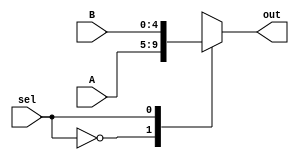
`timescale 1ns / 1ps
//////////////////////////////////////////////////////////////////////////////////
// Company: 
// Engineer: 
// 
// Design Name: 
// Module Name: MUX
// Project Name: 
// Target Devices: 
// Tool Versions: 
// Description: 
// 
// Dependencies: 
// 
// Revision:
// Revision 0.01 - File Created
// Additional Comments:
// 
//////////////////////////////////////////////////////////////////////////////////


module MUX5_2(
    input [4:0] A,
    input [4:0] B,
    input sel,
    output reg [4:0] out
    );
    always @(*)
    begin
        case(sel)
        1'b0:out = A;
        1'b1:out = B;
        default:out = 0;
        endcase
    end
endmodule


module MUX32_2(
    input [31:0] A,
    input [31:0] B,
    input sel,
    output reg [31:0] out
    );
    always @(*)
    begin
        case(sel)
        1'b0:out = A;
        1'b1:out = B;
        default:out = 0;
        endcase
    end
endmodule

module MUX32_3(
    input [31:0] A,
    input [31:0] B,
    input [31:0] C,
    input [1:0] sel,
    output reg [31:0] out
    );
    always @(*)
    begin
        case(sel)
        2'b00:out = A;
        2'b01:out = B;
        2'b10:out = C;
        default:out = 0;
        endcase
    end
endmodule

module MUX32_5(
    input [31:0] A,
    input [31:0] B,
    input [31:0] C,
    input [31:0] D,
    input [31:0] E,
    input [31:0] F,
    input [2:0] sel,
    output reg [31:0] out
    );
    always @(*)
    begin
        case(sel)
        3'd0:out = A;
        3'd1:out = B;
        3'd2:out = C;
        3'd3:out = D;
        3'd4:out = E;
        3'd5:out = F;
        default:out = 0;
        endcase
    end
endmodule

module MUX32_6(
    input [31:0] A,
    input [31:0] B,
    input [31:0] C,
    input [31:0] D,
    input [31:0] E,
    input [31:0] H,
    input [2:0] sel,
    output reg [31:0] out
    );
    always @(*)
    begin
        case(sel)
        3'd0:out = A;
        3'd1:out = B;
        3'd2:out = C;
        3'd3:out = D;
        3'd4:out = E;
        3'd7:out = H;
        default:out = 0;
        endcase
    end
endmodule

module MUX5_3(
    input [4:0] A,
    input [4:0] B,
    input [4:0] C,
    input [1:0] sel,
    output reg [4:0] out
    );
    always @(*)
    begin
        case(sel)
        2'b00:out = A;
        2'b01:out = B;
        2'b10:out = C;
        default:out = 0;
        endcase
    end
endmodule